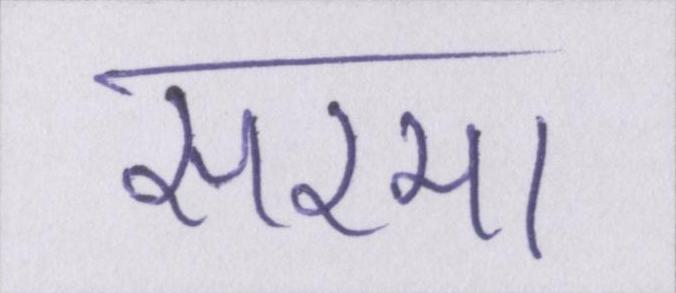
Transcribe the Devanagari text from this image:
सरमा